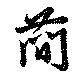
簡